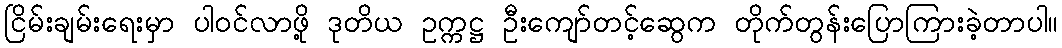
ငြိမ်းချမ်းရေးမှာ ပါဝင်လာဖို့ ဒုတိယ ဥက္ကဋ္ဌ ဦးကျော်တင့်ဆွေက တိုက်တွန်းပြောကြားခဲ့တာပါ။